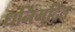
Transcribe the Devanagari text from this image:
धनिमुद्रित